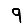
Digit: 9